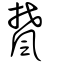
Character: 檒